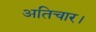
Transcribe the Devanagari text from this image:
अतिचार।